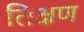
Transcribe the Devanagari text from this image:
तिक्षण